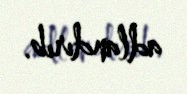
adlandırıb.